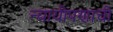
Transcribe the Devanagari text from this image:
न्यायीपणाची